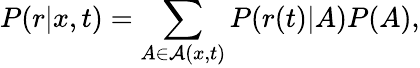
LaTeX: P(r|x,t)=\sum_{A\in\mathcal{A}(x,t)}P(r(t)|A)P(A),